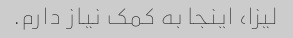
لیزا، اینجا به کمک نیاز دارم.